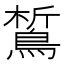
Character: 𪁻